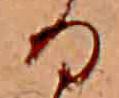
る